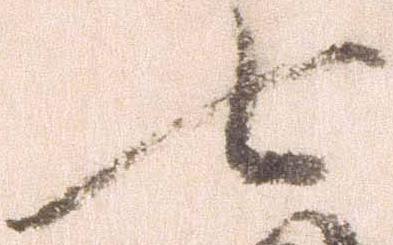
七